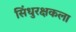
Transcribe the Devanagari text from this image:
सिंधुरक्षकला